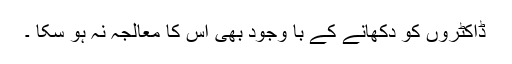
ڈاکٹروں کو دکھانے کے با وجود بھی اس کا معالجہ نہ ہو سکا ۔